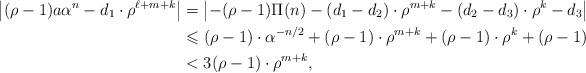
LaTeX: \begin{align*}\left| (\rho-1)a\alpha^n-d_1\cdot \rho^{\ell+m+k}\right|&= \left| -(\rho-1)\Pi(n)-(d_1-d_2)\cdot \rho^{m+k}-(d_2-d_3)\cdot \rho^k-d_3 \right|\\&\leqslant (\rho-1)\cdot \alpha^{-n/2}+(\rho-1)\cdot \rho^{m+k}+(\rho-1)\cdot \rho^k+(\rho-1)\\&< 3(\rho-1)\cdot \rho^{m+k},\end{align*}